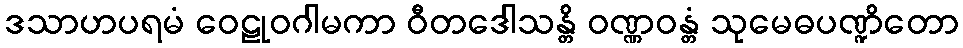
ဒသာဟပရမံ ဝေဠုဝဂါမကာ ဝီတဒေါသန္တိ ဝဏ္ဏဝန္တံ သုမေဓပဏ္ဍိတော